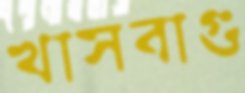
খাসবাগু